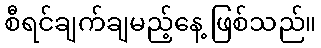
စီရင်ချက်ချမည့်နေ့ ဖြစ်သည်။